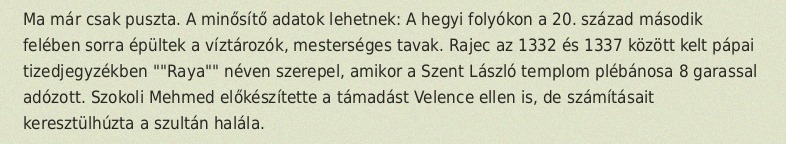
Ma már csak puszta. A minősítő adatok lehetnek: A hegyi folyókon a 20. század második felében sorra épültek a víztározók, mesterséges tavak. Rajec az 1332 és 1337 között kelt pápai tizedjegyzékben ""Raya"" néven szerepel, amikor a Szent László templom plébánosa 8 garassal adózott. Szokoli Mehmed előkészítette a támadást Velence ellen is, de számításait keresztülhúzta a szultán halála.